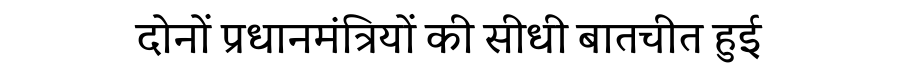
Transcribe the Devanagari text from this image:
दोनों प्रधानमंत्रियों की सीधी बातचीत हुई